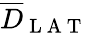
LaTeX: \overline{{D}}_{\mathrm{~L~A~T~}}